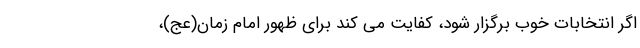
اگر انتخابات خوب برگزار شود، کفایت می کند برای ظهور امام زمان(عج)،